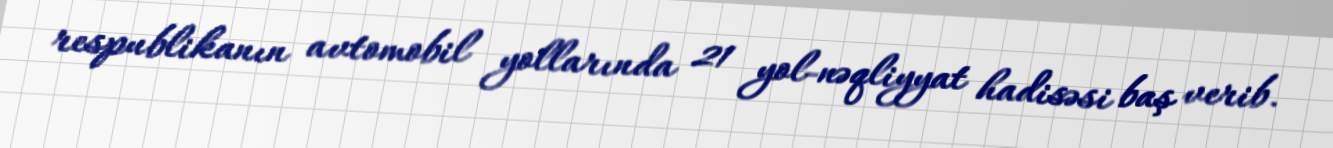
respublikanın avtomobil yollarında 21 yol-nəqliyyat hadisəsi baş verib.